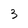
Character: 3